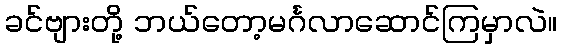
ခင်ဗျားတို့ ဘယ်တော့မင်္ဂလာဆောင်ကြမှာလဲ။